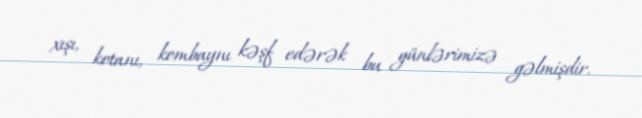
xışı, kotanı, kombaynı kəşf edərək bu günlərimizə gəlmişdir.